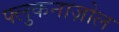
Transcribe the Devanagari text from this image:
फ्लुकनाज़ोल